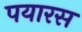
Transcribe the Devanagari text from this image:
पयारस